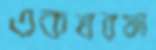
একতরফা